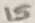
Text: 15